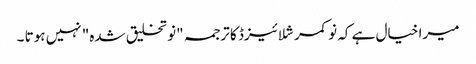
میرا خیال ہے کہ نو کمرشلائیزڈ کا ترجمہ "نو تخلیق شدہ" نہیں ہوتا ۔